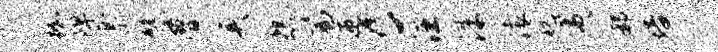
枷陴票譬瞢美怨篇迎c汪洙滚妃夷郝培